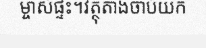
ម្ចាស់ផ្ទះ។វត្ថុតាងចាប់យក